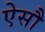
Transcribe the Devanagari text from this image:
ऐसौ